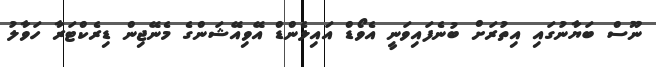
ނޫސް ބަޔާނުގައި އިތުރަށް ބުނެފައިވަނީ އެވޯޑް އައިލެންޑް އޭވިއޭޝަންގެ މެނޭޖިން ޑިރެކްޓަރާ ހަވާލު